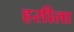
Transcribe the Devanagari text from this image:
हसीला